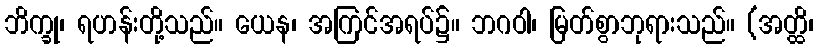
ဘိက္ခု၊ ရဟန်းတို့သည်။ ယေန၊ အကြင်အရပ်၌။ ဘဂဝါ၊ မြတ်စွာဘုရားသည်။ (အတ္ထိ၊